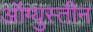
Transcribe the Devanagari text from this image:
ऑग्युस्तीन